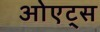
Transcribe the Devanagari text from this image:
ओएट्स